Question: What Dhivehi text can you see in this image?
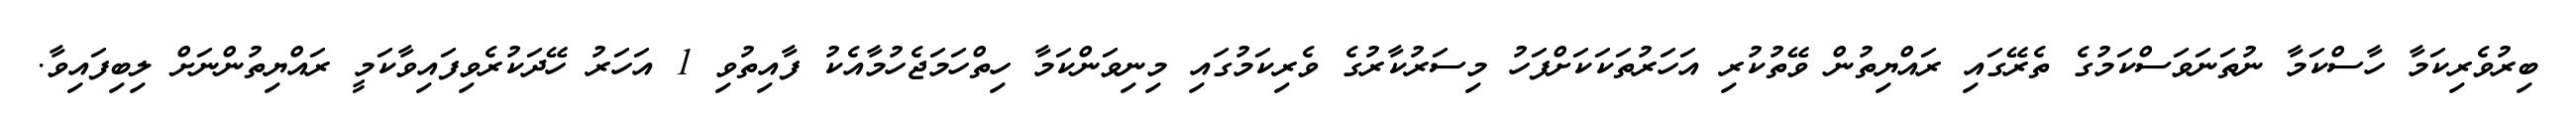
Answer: ބިރުވެރިކަމާ ހާސްކަމާ ނުތަނަވަސްކަމުގެ ތެރޭގައި ރައްޔިތުން ވޭތުކުރި އަހަރުތަކަކަށްފަހު މިސަރުކާރުގެ ވެރިކަމުގައި މިނިވަންކަމާ ހިތްހަމަޖެހުމާއެކު ފާއިތުވި 1 އަހަރު ހޭދަކުރެވިފައިވާކަމީ ރައްޔިތުންނަށް ލިބިފައިވާ.